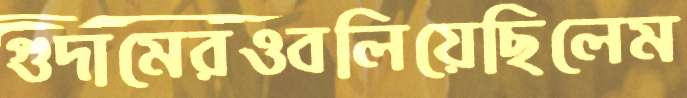
গুদামেরওবলিয়েছিলেম